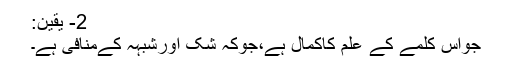
2- یقین:
جواس کلمے کے علم کاکمال ہے،جوکہ شک اورشبہہ کےمنافی ہے۔